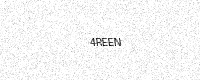
Text: 4REEN